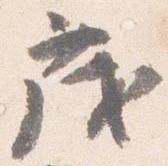
茂